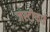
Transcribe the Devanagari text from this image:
जस्टीफाई